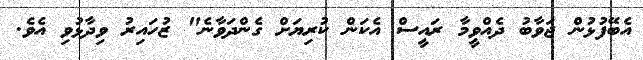
އެބޭފުޅުން ޖަވާބު ދެއްވީމާ ރައީސް އެކަން ކުރިޔަށް ގެންދަވާނެ" ޒުހައިރު ވިދާޅުވި އެވެ.